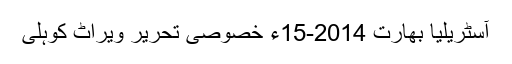
آسٹریلیا بھارت 2014-15ء خصوصی تحریر ویراٹ کوہلی